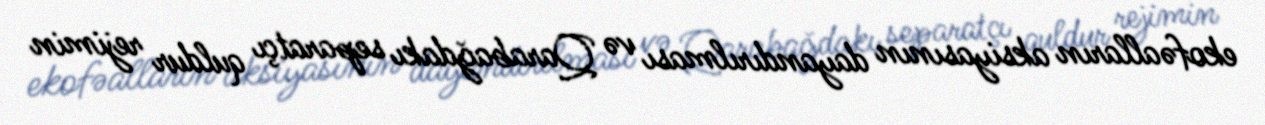
ekofəalların aksiyasının dayandırılması və Qarabağdakı separatçı quldur rejimin